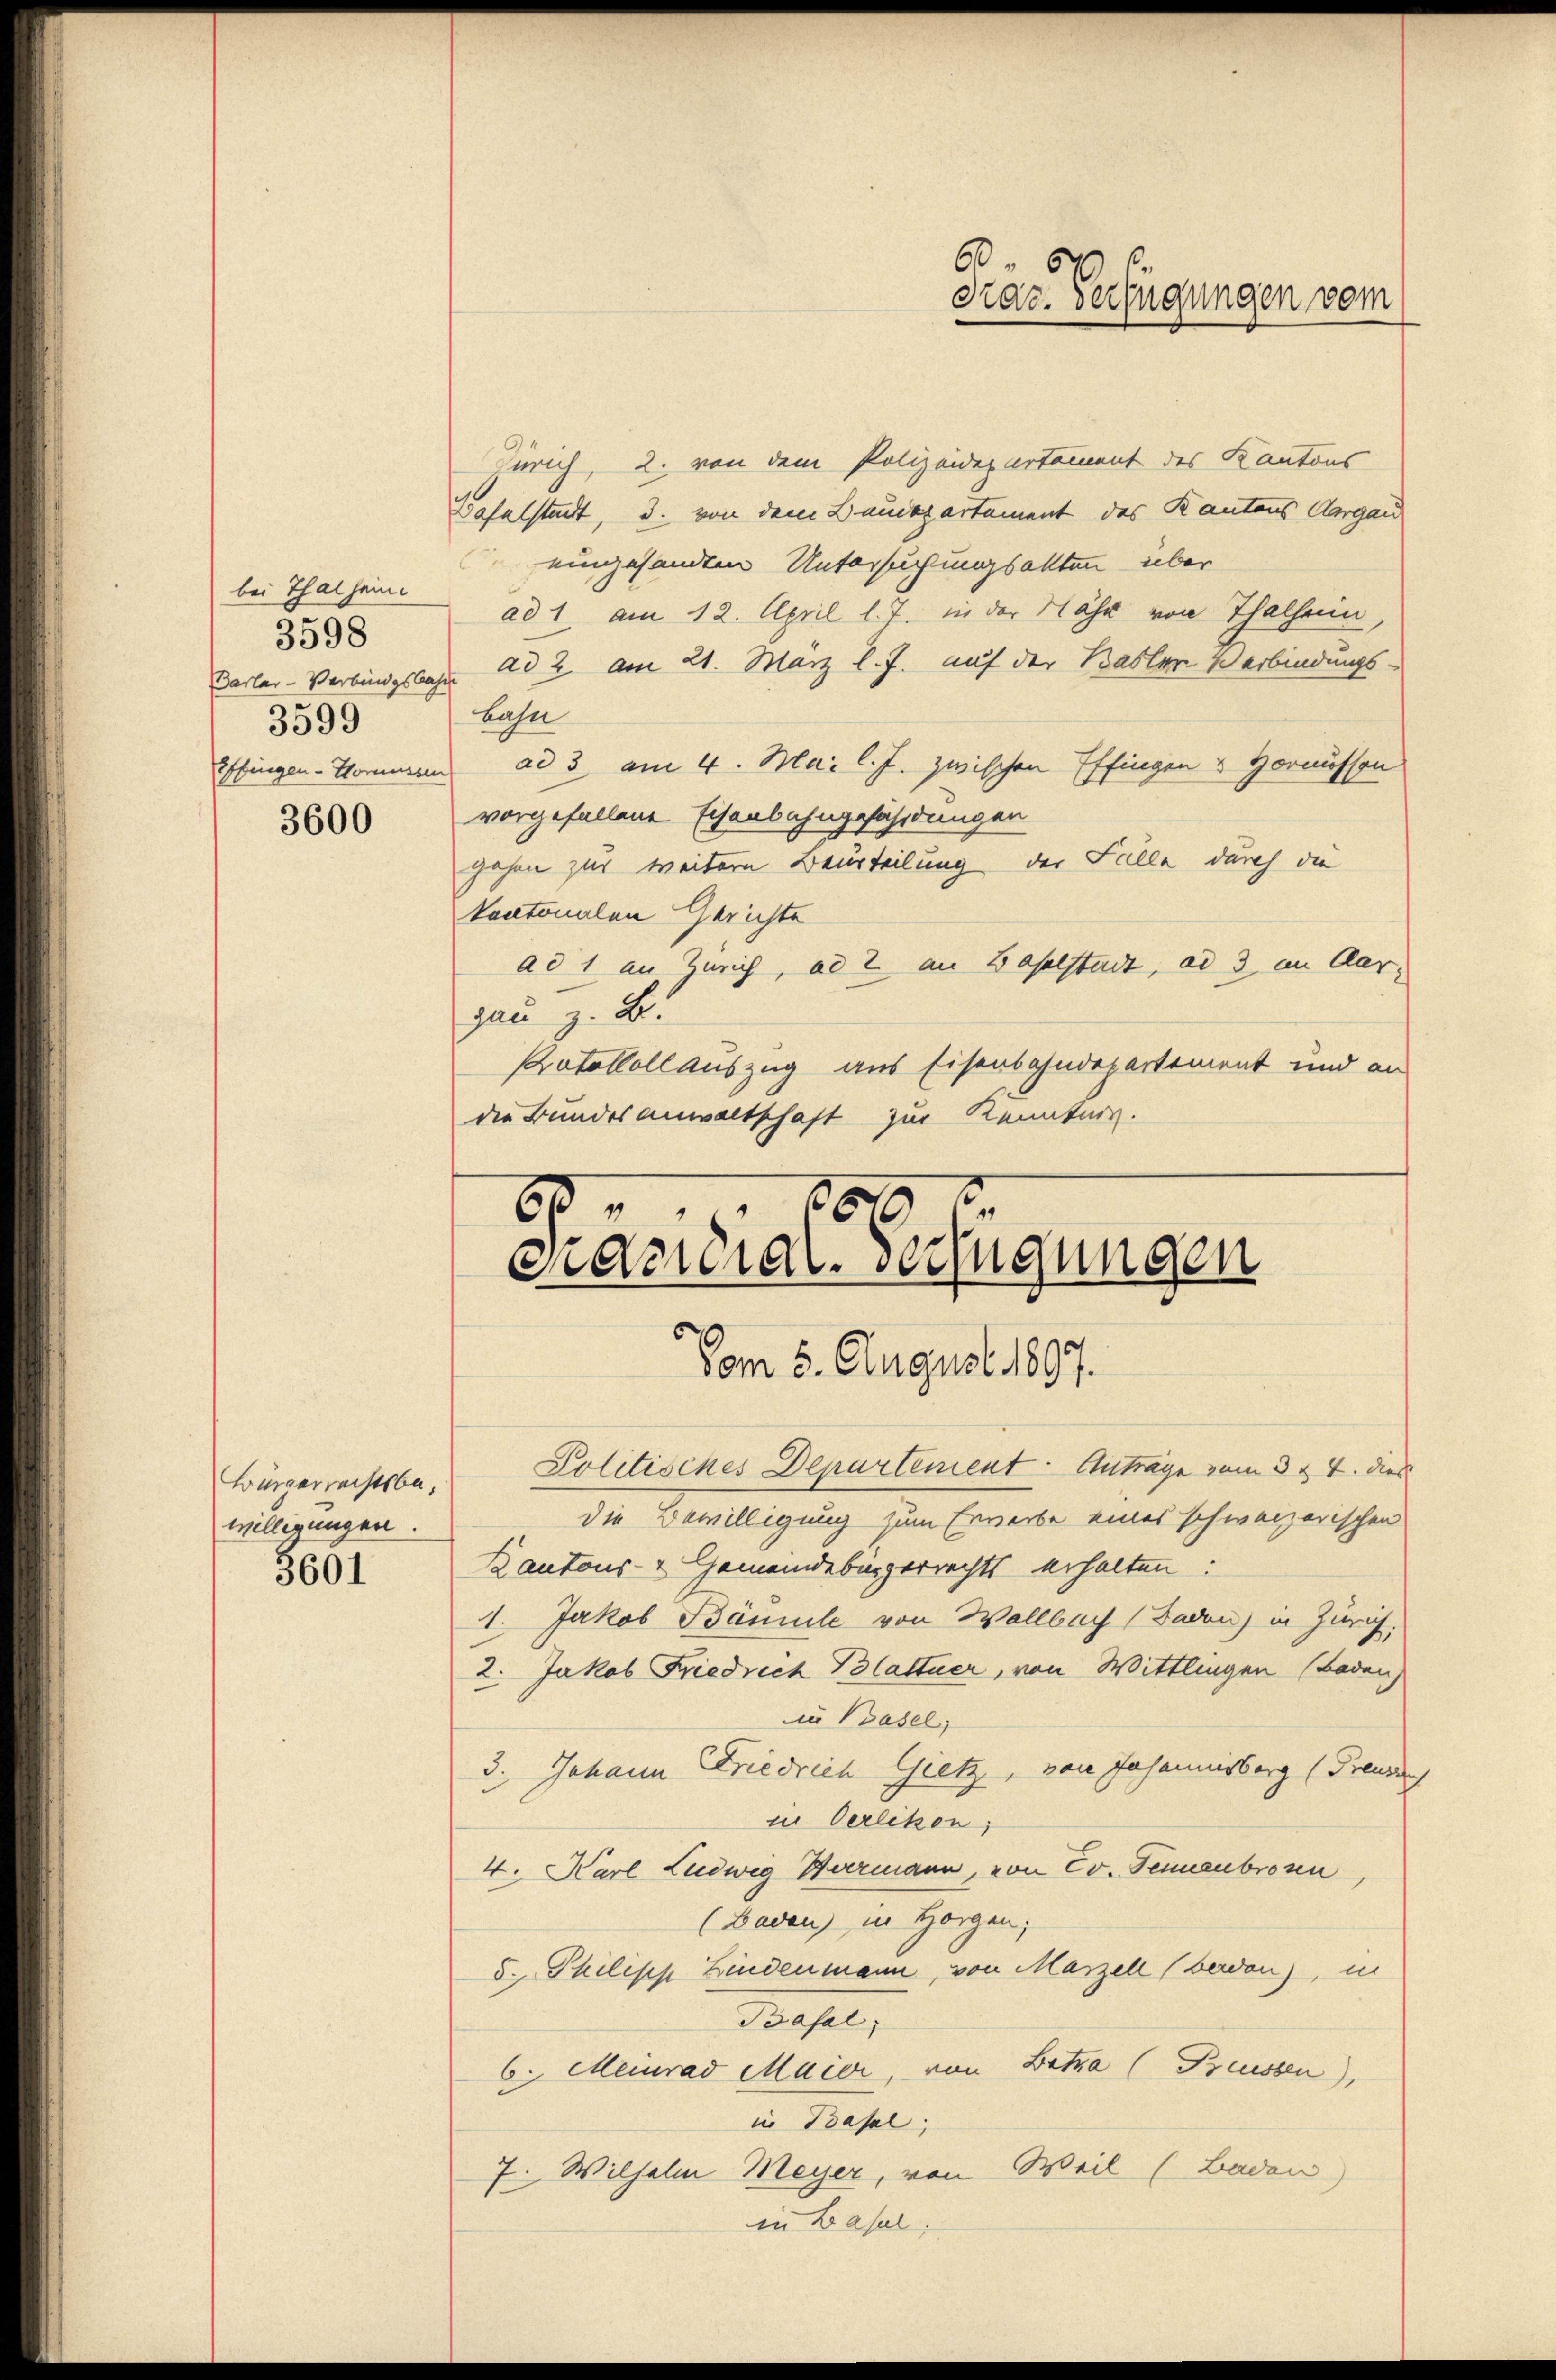
bei Thalheim
3598
3599

3600

Bürgerrechtsbewilligungen.
3601

Zürich, 2. von dem Polizeidepartement des Kantons
Baselstadt, 3. von dem Baudepartement des Kantons Aargau
eingesandten Untersuchungsakten über
ad 1. am 12. April l. J. in der Nähe von Thalhein,
Parlar-Verbindesbahn ad 2. am 21. März l. J. auf der Basler Verbindungs-
Bahn
Ebingen - Sommen ad 3 am 4. Mai l. J. zwischen Effingen & Hornissen
vorgefallene Eisenbahngefährdungen
gehen zur weitern Beurteilung der Falle durch die
kantonalen Gerichte
ad 1 an Zürich, ad 2 an Baselstadt, ad 3 im Aar-
gau z. B.
Katollollauszug aus Eisenbahndepartement und an
die Bundesanwaltschaft zur Kenntnis.

606
Graz. Verfügungen vom

1
.
enderial-Verfügungen
Vom 5. August 1807.

Politisches Departement. Antrage vom 3. 4. dies
die Bewilligung zum Erwerbe eines schweizerischen
Kantons- & Gemeindebürgerrechts erhalten:
1. Jakob Bämule von Wallbach Baden) in Zürich,
2. Jakob Friedrich Blattner, von Wittlingen (Baden,
in Basel,
3. Johann Friedrich Gietz, von Johannisberg (Freude
in Oerlikon,
4. Karl Ludwig Hermann, von Ev. Tennenbrosen,
(Baden) in Horgen;
5. Philisch Bindenmann, von Marzell (berden), in
Basel,
6. Meinrad Maier, von Botza (Brüssen),
in Basel;
7. Wilhelm Meyer, von Weil (Baden
in Basel,